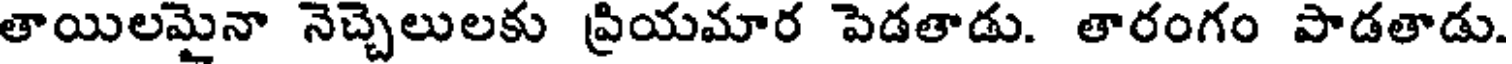
తాయిలమైనా నెచ్చెలులకు ప్రియమార పెడతాడు. తారంగం పాడతాడు.